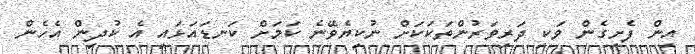
އިން ފެށިގެން ވަކި ދަރިވަރުންތަކަކަށް ނުކިޔެވޭނެ ކަމަށް ކަނޑައަޅައި އެ ކުދިން އެހެން